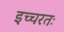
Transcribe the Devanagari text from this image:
इच्चरतः